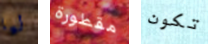
ليا مقطورة تكون